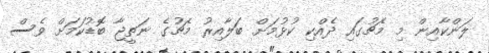
ލަންކާއިން މި މެޗުގައި ދެއްކި ކުޅުމަށް ބަލާއިރު މެޗުގެ ނަތީޖާ ބޮޑުކަމަށް ވެސް